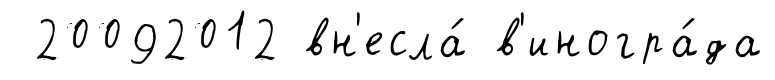
20092012 вн'есла́ в'иногра́да